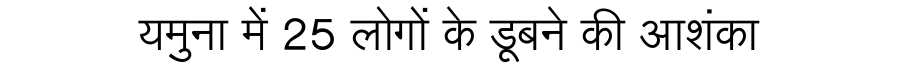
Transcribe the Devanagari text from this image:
यमुना में 25 लोगों के डूबने की आशंका